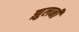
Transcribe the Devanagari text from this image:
झुलनी